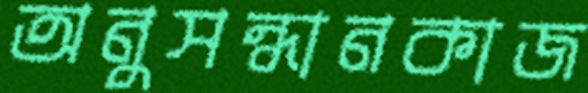
অনুসন্ধানকাজ